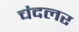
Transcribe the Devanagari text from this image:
चंदलर